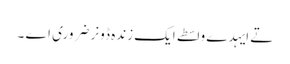
تے ایہدے واسطے ایک زندہ ڈونر ضروری اے ۔